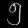
Digit: ၅